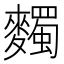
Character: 𪍹